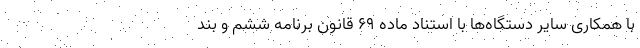
با همکاری سایر دستگاه‌ها با استناد ماده ۶۹ قانون برنامه ششم و بند